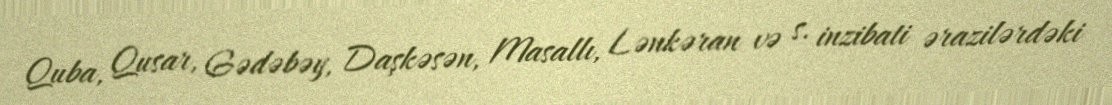
Quba, Qusar, Gədəbəy, Daşkəsən, Masallı, Lənkəran və s. inzibati ərazilərdəki